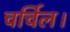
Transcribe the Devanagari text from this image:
चर्चिल।